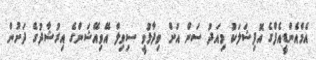
އެމްއެންޑީއެފްގެ އޮފިޝަލަކު މިއަދު ސަން އަށް ވިދާޅުވީ ސިވިލް އޭވިއޭޝަންގެ އިރުޝާދުގެ ދަށުން